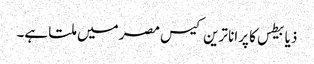
ذیابیطس کا پرانا ترین کیس مصر میں ملتا ہے۔